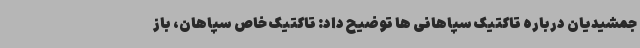
جمشیدیان درباره تاکتیک سپاهانی ها توضیح داد: تاکتیک خاص سپاهان، باز